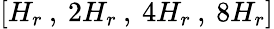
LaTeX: [H_{r}\: ,\: 2H_{r}\: ,\: 4H_{r}\: ,\: 8H_{r}]